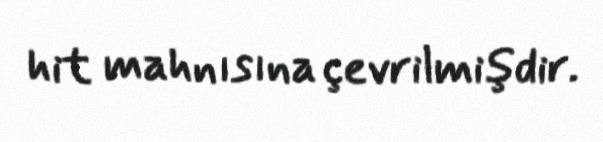
hit mahnısına çevrilmişdir.